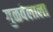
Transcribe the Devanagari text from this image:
गुळवेलाला